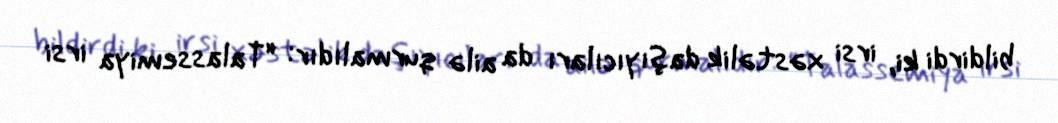
bildirdi ki, irsi xəstəlik daşıyıcıları da ailə qurmalıdır: “Talassemiya irsi